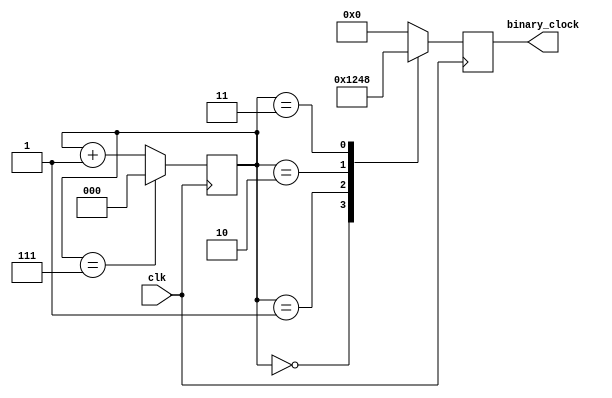
module clock_divider (
    input wire clk,
    output reg [3:0] binary_clock
);

reg [2:0] counter;

always @(posedge clk) begin
    if (counter == 7'b111) begin
        counter <= 0;
    end else begin
        counter <= counter + 1;
    end
end

always @(posedge clk) begin
    case(counter)
        3'b000: binary_clock <= 4'b0001; // 1 division
        3'b001: binary_clock <= 4'b0010; // 2 divisions
        3'b010: binary_clock <= 4'b0100; // 4 divisions
        3'b011: binary_clock <= 4'b1000; // 8 divisions
        default: binary_clock <= 4'b0000; // default is reset
    endcase
end

endmodule